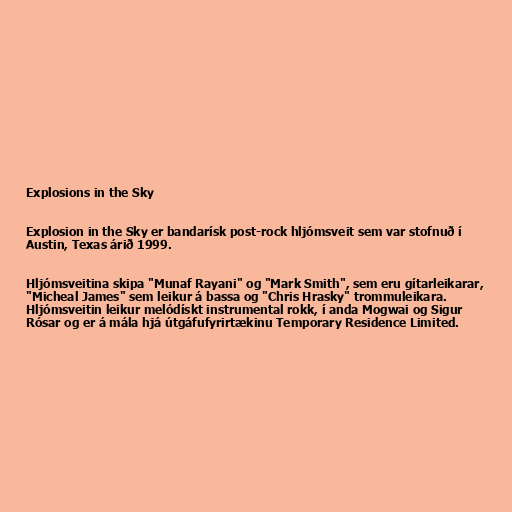
Explosions in the Sky

Explosion in the Sky er bandarísk post-rock hljómsveit sem var stofnuð í
Austin, Texas árið 1999.

Hljómsveitina skipa "Munaf Rayani" og "Mark Smith", sem eru gítarleikarar,
"Micheal James" sem leikur á bassa og "Chris Hrasky" trommuleikara.
Hljómsveitin leikur melódískt instrumental rokk, í anda Mogwai og Sigur
Rósar og er á mála hjá útgáfufyrirtækinu Temporary Residence Limited.